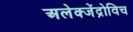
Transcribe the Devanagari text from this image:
अलेक्जेंद्रोविच